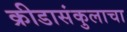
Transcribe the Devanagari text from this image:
क्रीडासंकुलाचा